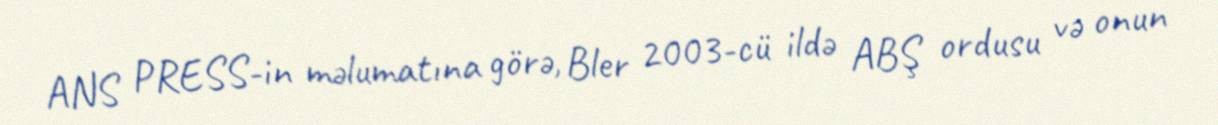
ANS PRESS-in məlumatına görə, Bler 2003-cü ildə ABŞ ordusu və onun